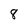
Character: 8